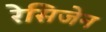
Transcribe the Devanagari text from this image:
रेसिजेन